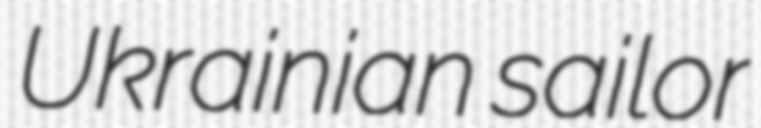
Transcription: Ukrainian sailor